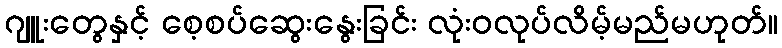
ဂျူးတွေနှင့် စေ့စပ်ဆွေးနွေးခြင်း လုံးဝလုပ်လိမ့်မည်မဟုတ်။